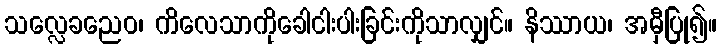
သလ္လေခညေဝ၊ ကိလေသာကိုခေါငါးပါးခြင်းကိုသာလျှင်။ နိဿာယ၊ အမှီပြု၍။